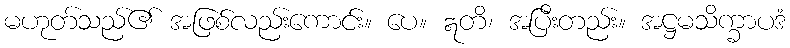
မဟုတ်သည်၏ အဖြစ်လည်းကောင်း။ ပေ။ ဣတိ၊ အပြီးတည်း။ အဋ္ဌမသိက္ခာပဒံ